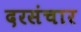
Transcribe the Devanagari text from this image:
दरसंचार